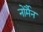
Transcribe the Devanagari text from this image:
नोर्मैन